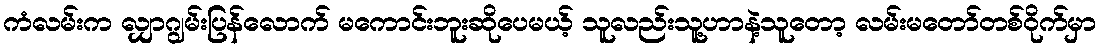
ကံလမ်းက လျှာဂျွမ်းပြန်လောက် မကောင်းဘူးဆိုပေမယ့် သူလည်းသူ့ဟာနဲ့သူတော့ လမ်းမတော်တစ်ဝိုက်မှာ